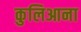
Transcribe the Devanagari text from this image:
कुलिआना